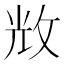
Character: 𢼴